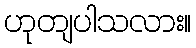
ဟုတျပါသလား။